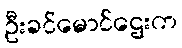
ဦးခင်မောင်ဌေးက